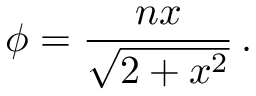
\phi = { \frac { n x } { \sqrt { 2 + x ^ { 2 } } } } \, .